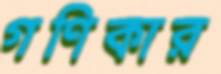
গণিকার